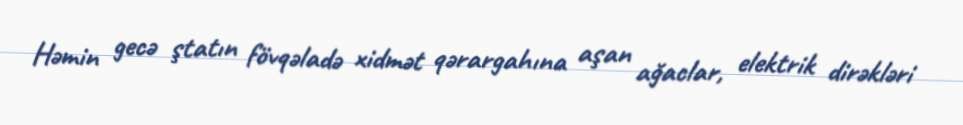
Həmin gecə ştatın fövqəladə xidmət qərargahına aşan ağaclar, elektrik dirəkləri